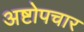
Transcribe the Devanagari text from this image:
अष्टोपचार